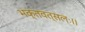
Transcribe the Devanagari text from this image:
भक्तवत्सलः।।